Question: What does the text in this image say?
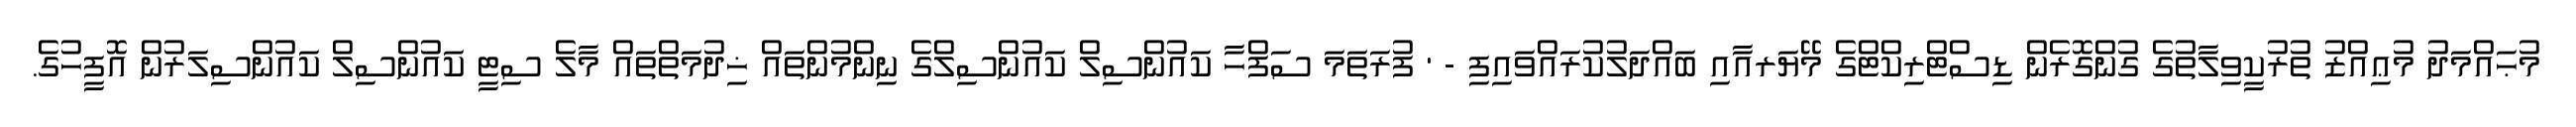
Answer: މުޙައްމަދު މުޢިއްޒު ތުރުކީވިލާތުގެ ގުންގޮރެން ޑިސްޓްރިކްޓްގެ މޭޔަރއާއި ބައްދަލުކުރައްވައިފި - ' ފުރަތަމަ ސަފްހާ ކައުންސިލް ކައުންސިލްގެ ނިންމުންތައް ޚިދުމަތްތައް މާލެ ސިޓީ ކައުންސިލް ކައުންސިލަރުން އޮފީހުގެ.